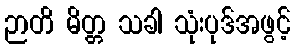
ဉာတိ မိတ္တ သခါ သုံးပုဒ်အဖွင့်